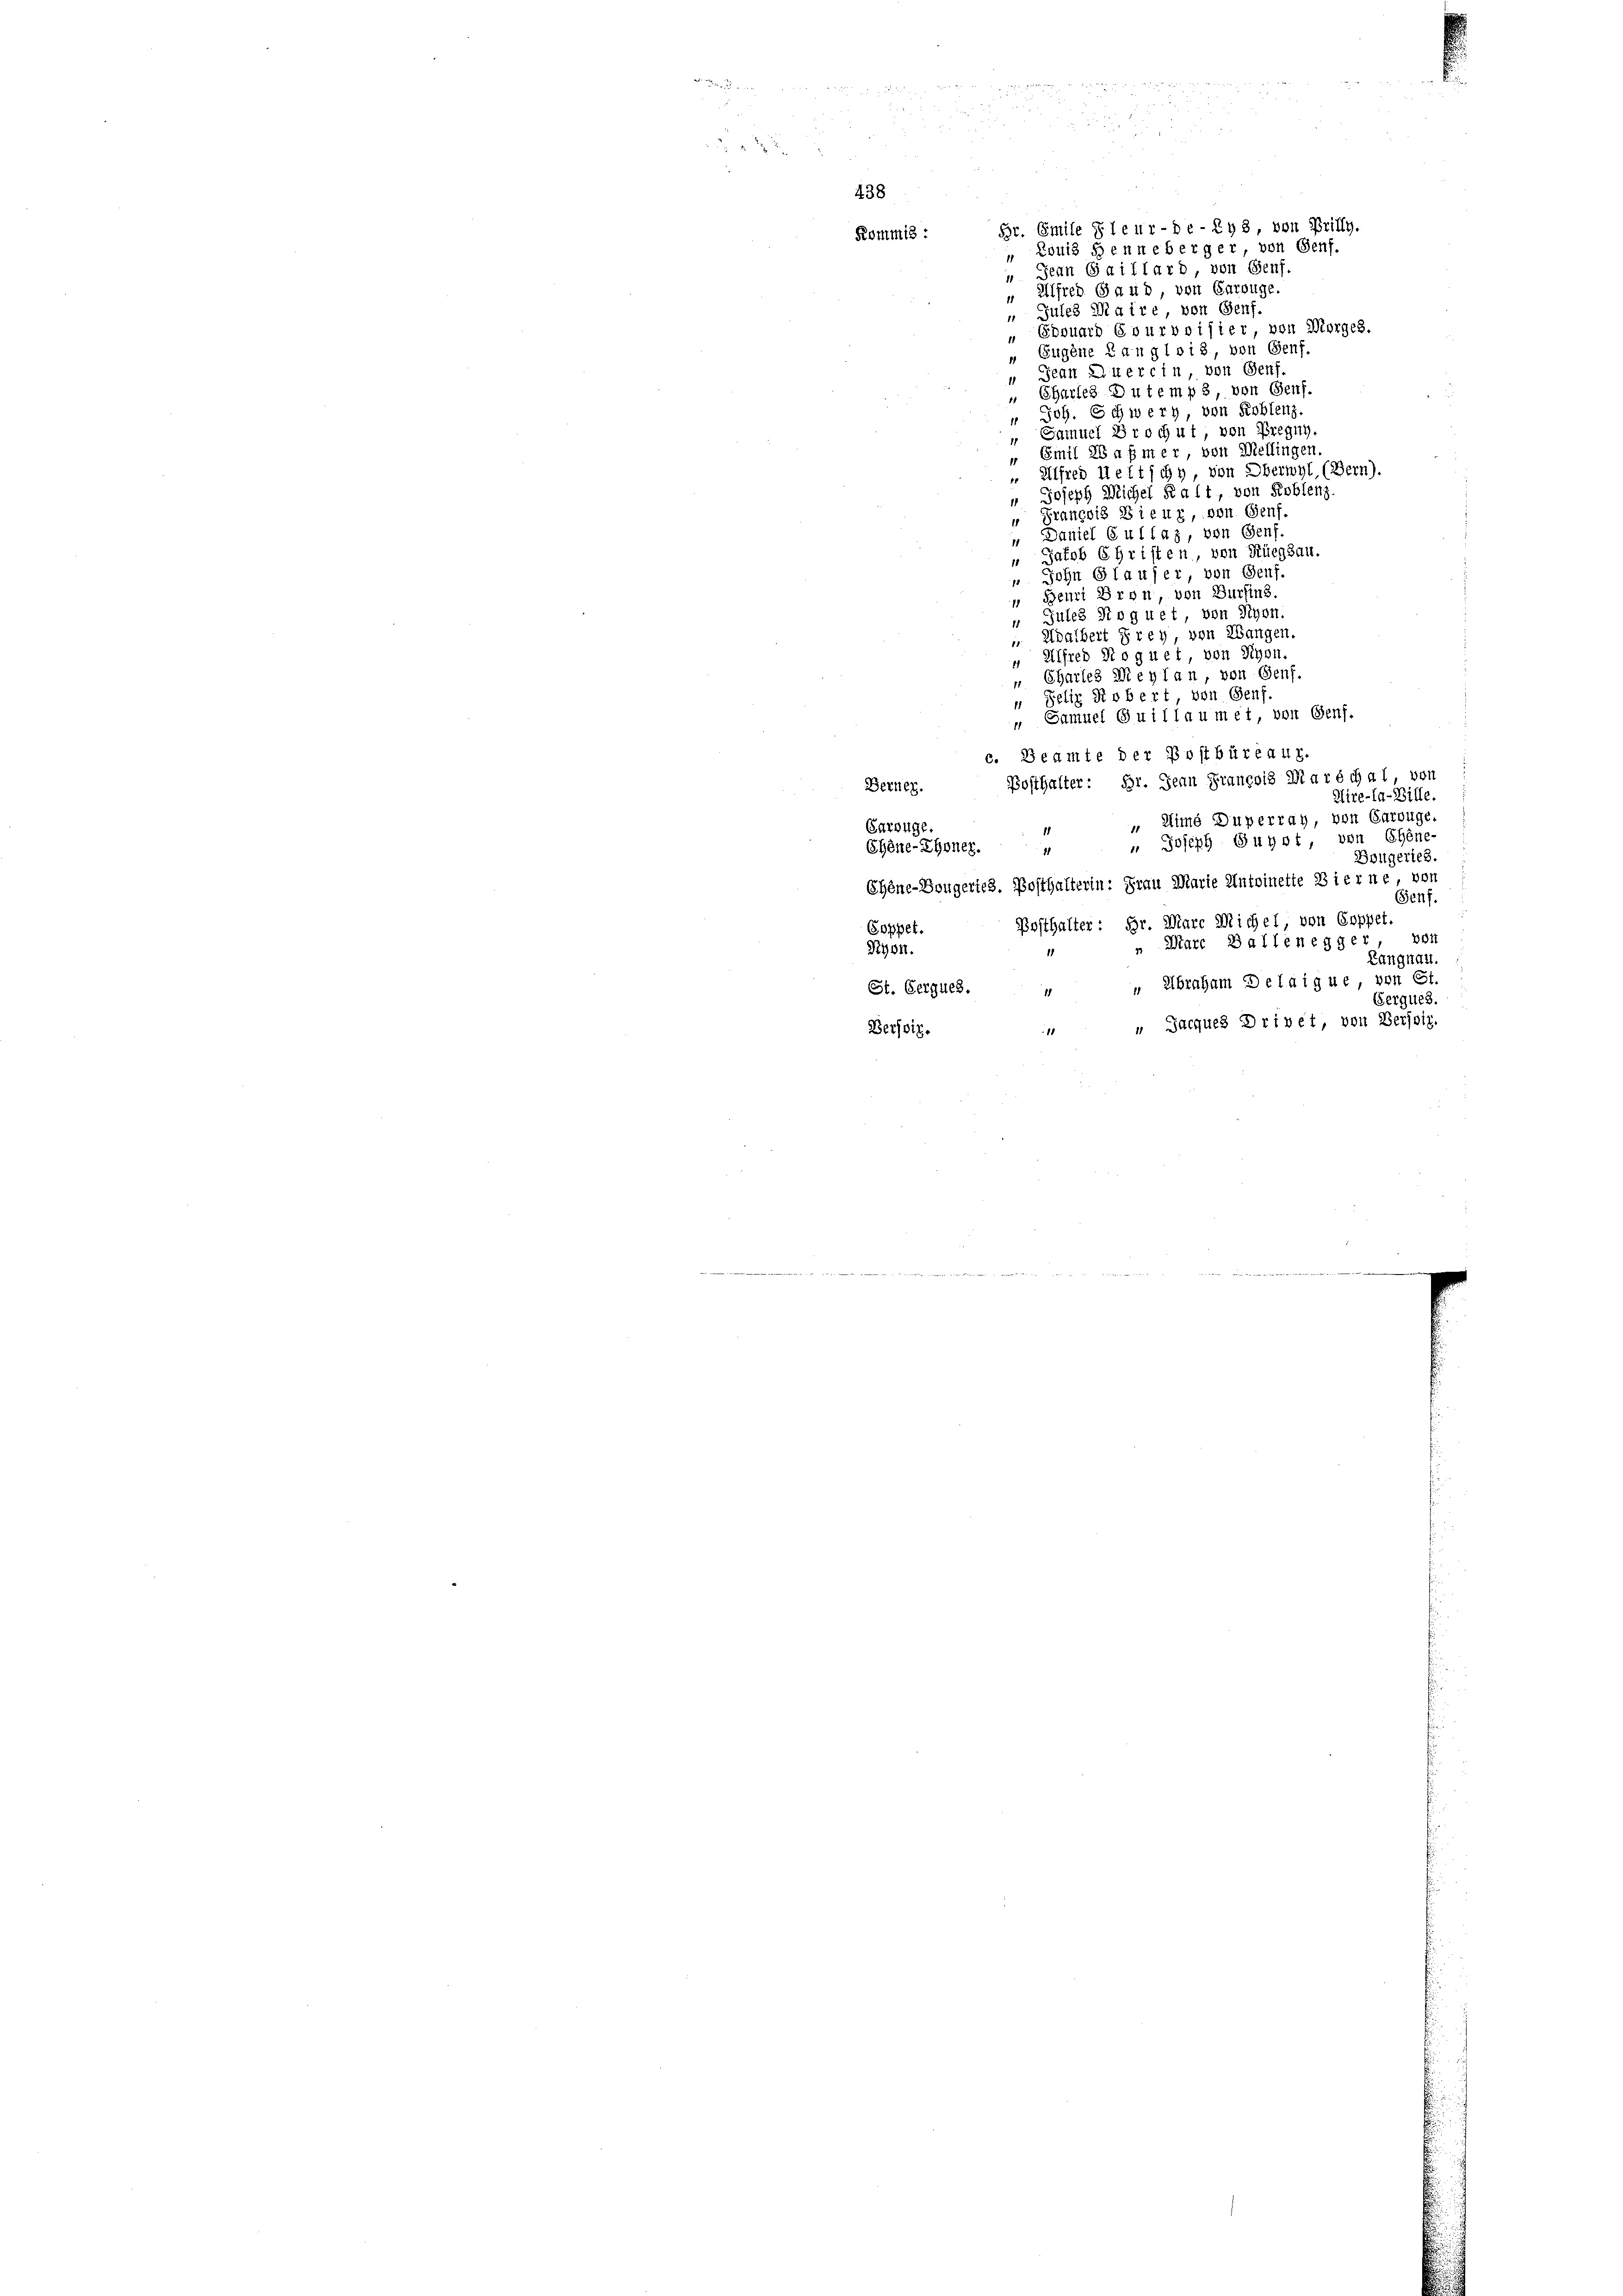
438

Jean Gaillard, von Genf.
 Alfred Gaud, von Carouge.
Jules Maire, von Genf.
Epouard Evurvoisier, von Morges.
1
„ Eugene Ranglois, von Genf,
Jean Alterein, von Genf.
d
Chartes Du temps, von Genf.
 Joh. Schwerz, von Koblenz.
" Samuel Brochut, von Bregg,
Sinil a asmer, von Mellingen,
Alfred Wettschy, von Oberwyl, (Bern).
 Joseph Michel Rait, von Koblenz.
" Grancois Bieur, von Genf
Daniel Gullaz, von Genf.
" Jacob Christen, von Rüegsau.
„ Sohn Glaufer von Genf.
Beuri Dron von Burfins
 Gutes Roguet, von Nyon.
1
 Adalbert Frey von Wangen.
" Alfred Roguet, von Nyon.
 Chartes Meyl an, von Genf.
 Felix Robert, von Genf.
„ Samuel Guillaumet, von Genf.
c. Beamte der Postbüreaux.
Posthalter: Hr. Jean François Marschal, vor
Berner.
Uire-la-Bille.
 Mime Duperray, von Carouge.
Garouge.
.
" Joseph Gunst, von Chene-
Shöne-Thoner.
1
Bougerich
Ehène-Sougertes. Posthalterin: Frau Marie Antoinette Bierne, von
Genf.
Posthalter: Br. Marc Michel, von Epppet.
Goppet.
n Marc Ballenegger, von
Nyon.
Langnau.
" Abraham Deldigue, von St.
St. Gerques.
1
Gerques.
" Jacques Drivet, von Versoiz.
Bersoiz.

3
Kommis: Br. Emile leur-de-293, von Brilly.

Louis Senneberger von Genf.